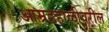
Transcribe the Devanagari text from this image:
आम्रडहाळीवरील